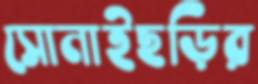
সোনাইছড়ির